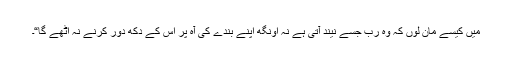
میں کیسے مان لوں کہ وہ رب جسے نیند آتی ہے نہ اونگھ اپنے بندے کی آہ پر اس کے دکھ دور کرنے نہ اٹھے گا“۔